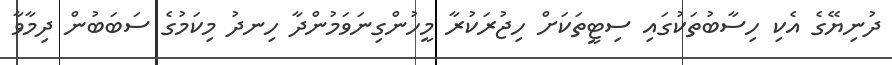
ދުނިޔޭގެ އެކި ހިސާބުތަކުގައި ސިޓީތަކަށް ހިޖުރަކުރާ މީހުންގިނަވަމުންދާ ހިނދު މިކަމުގެ ސަބަބުން ދިމާވާ